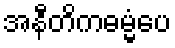
အနီတိကဓမ္မံပေ